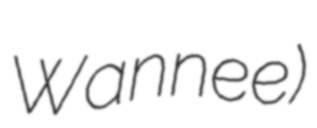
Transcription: Wannee)